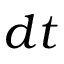
d t